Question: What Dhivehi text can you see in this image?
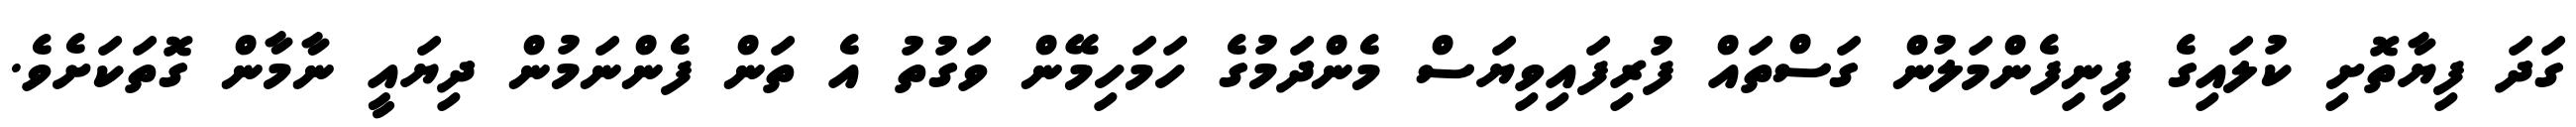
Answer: ގަދަ ފިޔާތޮށި ކުލައިގެ ފިނިފެންމަލުން ގަސްތައް ފުރިފައިވިޔަސް މެންދަމުގެ ހަމަހިމޭން ވަގުތު އެ ތަން ފެންނަމުން ދިޔައީ ނާމާން ގޮތަކަށެވެ.